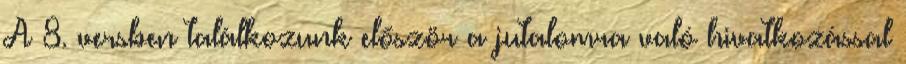
A 8. versben találkozunk először a jutalomra való hivatkozással